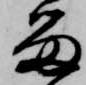
留